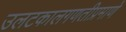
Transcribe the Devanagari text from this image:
उलटकालगणतीप्रमाणे